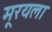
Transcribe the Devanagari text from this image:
मूरयला